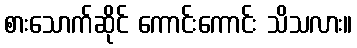
စားသောက်ဆိုင် ကောင်းကောင်း သိသလား။